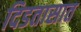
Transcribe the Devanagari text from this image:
दिडतासात